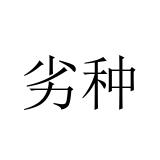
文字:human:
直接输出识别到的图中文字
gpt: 劣种